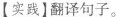
【实践】翻译句子。